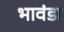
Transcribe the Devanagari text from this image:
भावंडा